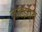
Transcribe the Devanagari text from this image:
नाहंइत्य